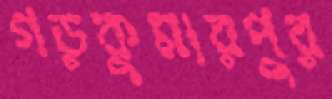
গড়কুমারপুর